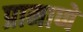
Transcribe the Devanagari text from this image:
प्रामाणे